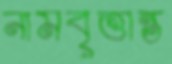
নামবৃত্তান্ত